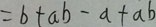
= b + a b - a + a b